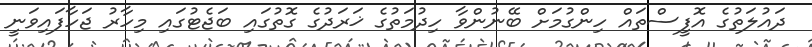
ދައުލަތުގެ އޮފީސްތައް ހިންގުމަށް ބޭނުންވާ ހިދުމަތުގެ ޚަރަދުގެ ގޮތުގައި ބަޖެޓުގައި މިހާރު ޖަހާފައިވަނީ